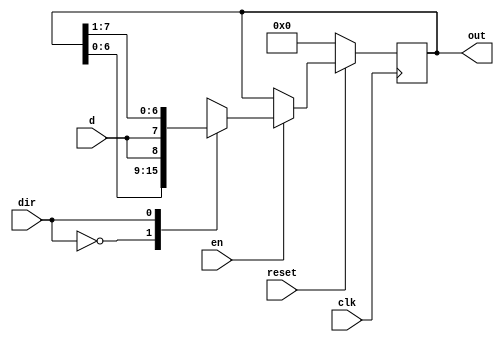
module shift_reg #(
    parameter MSB=8
) (
    input d,
    input clk,
    input en,
    input dir,
    input reset,
    output reg [MSB-1:0] out
);

always @(posedge clk) begin
//This always block will "always" be triggered on the rising edge of clock
    if(!reset)
      out <= 0; // Once it enters the block, it will first check to see if reset is 0 and if yes then reset register
    else begin
        if(en) //If no, then check to see if the shift register is enabled
        case (dir)
            0 : out <= {out[MSB-2:0],d};
            1 : out <= {d, out[MSB-1:1]}; 
        endcase
        else // If no, maintain previous output. If yes, then shift based on requested direction
          out <= out;
    end
    
end
    
endmodule